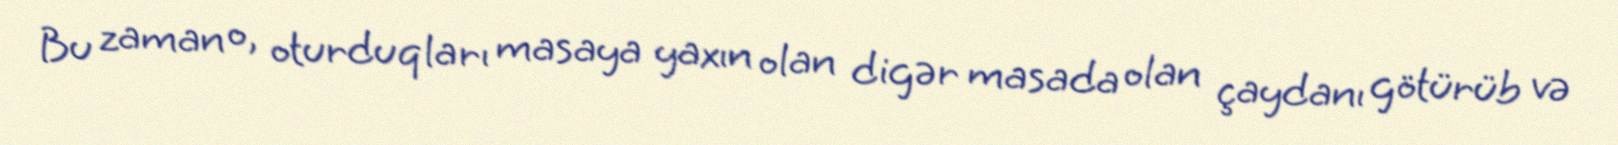
Bu zaman o, oturduqları masaya yaxın olan digər masada olan çaydanı götürüb və